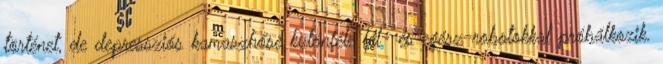
történet, de depressziós kamaszhőse különféle fél- és egész-robotokkal próbálkozik.